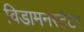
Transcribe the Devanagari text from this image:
विडामनस्टेटर